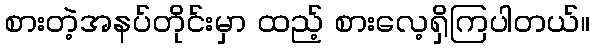
စားတဲ့အနပ်တိုင်းမှာ ထည့် စားလေ့ရှိကြပါတယ်။